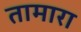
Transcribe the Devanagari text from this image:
तामारा